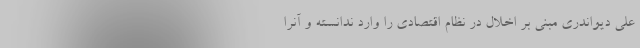
علی دیواندری مبنی بر اخلال در نظام اقتصادی را وارد ندانسته و آنرا